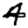
Digit: 4